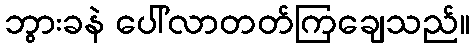
ဘွားခနဲ ပေါ်လာတတ်ကြချေသည်။